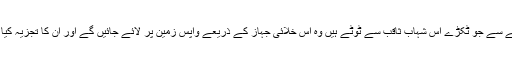
گولی لگنے سے جو ٹکڑے اس شہاب ثاقب سے ٹوٹے ہیں وہ اس خلائی جہاز کے ذریعے واپس زمین پر لائے جائیں گے اور ان کا تجزیہ کیا جائے گا۔